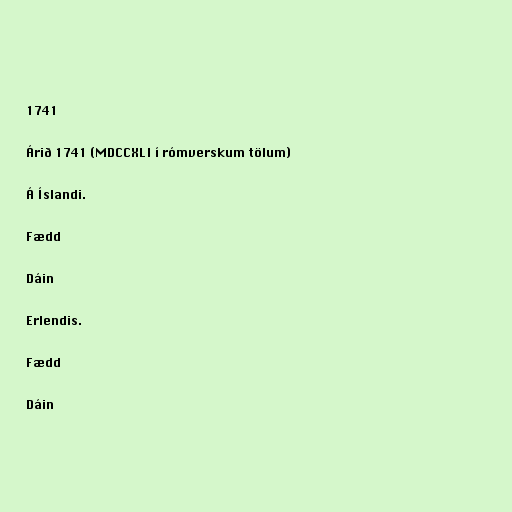
1741

Árið 1741 (MDCCXLI í rómverskum tölum)

Á Íslandi.

Fædd

Dáin

Erlendis.

Fædd

Dáin